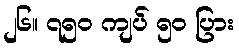
၂၆။ ၇၅၀ ကျပ် ၅၀ ပြား